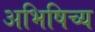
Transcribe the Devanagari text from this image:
अभिषिच्य